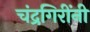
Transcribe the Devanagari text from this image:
चंद्रगिरींनी